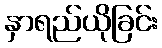
နှာရည်ယိုခြင်း